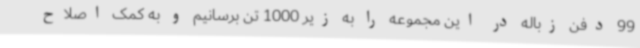
99 دفن زباله در این مجموعه را به زیر 1000 تن برسانیم و به کمک اصلاح